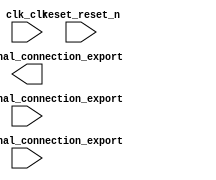

module chenillard (
	clk_clk,
	pio_0_external_connection_export,
	pio_1_external_connection_export,
	reset_reset_n,
	pio_2_external_connection_export);	

	input		clk_clk;
	output	[7:0]	pio_0_external_connection_export;
	input	[7:0]	pio_1_external_connection_export;
	input		reset_reset_n;
	input	[7:0]	pio_2_external_connection_export;
endmodule